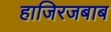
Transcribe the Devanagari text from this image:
हाजिरजबाब